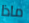
ماذا